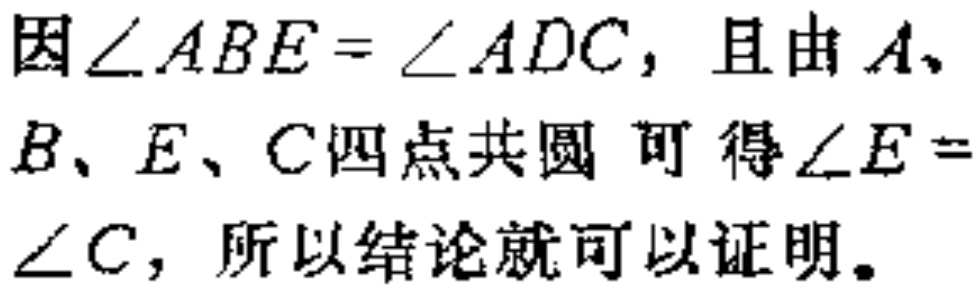
因\(\angle ABE = \angle ADC\)，且由\(A\)、\(B\)、\(E\)、\(C\)四点共圆 可得\(\angle E = \angle C\)，所以结论就可以证明。